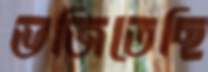
ভজিতেছি